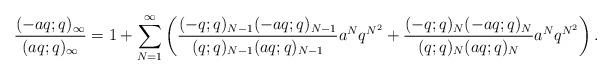
LaTeX: \begin{align*}\dfrac{(-aq;q)_{\infty}}{(aq;q)_{\infty}}=1+\sum_{N=1}^{\infty}\left(\frac{(-q;q)_{N-1}(-aq;q)_{N-1}}{(q;q)_{N-1}(aq;q)_{N-1}}a^{N}q^{N^{2}}+\dfrac{(-q;q)_{N}(-aq;q)_{N}}{(q;q)_{N}(aq;q)_{N}}a^{N}q^{N^{2}}\right).\end{align*}